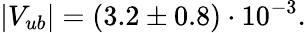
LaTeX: |V_{ub}|=(3.2\pm 0.8)\cdot 10^{-3}.